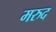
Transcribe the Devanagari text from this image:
मरुद